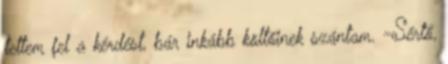
tettem fel a kérdést, bár inkább költőinek szántam. -Sértő,